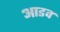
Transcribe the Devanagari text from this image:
आडव